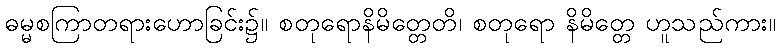
ဓမ္မစကြာတရားဟောခြင်း၌။ စတုရောနိမိတ္တေတိ၊ စတုရော နိမိတ္တေ ဟူသည်ကား။